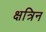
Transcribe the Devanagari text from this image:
क्षत्रिन